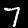
Label: 7